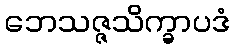
ဘေသဇ္ဇသိက္ခာပဒံ